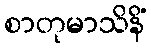
စာတုမာသိနိံ